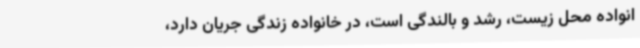
انواده محل زیست، رشد و بالندگی است، در خانواده زندگی جریان دارد،